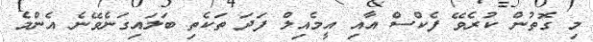
މި ގޮތުން ކުރެވޭ ފެކްސް އާއި އީމެއިލް ފަދަ ތަކެތި ބަލައިގަނެވޭނެ އެންމެ